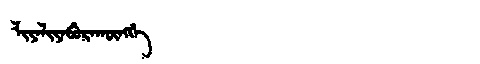
Manchu: ᠯᡳᠶᡝᠯᡳᠶᡝᠪᡠᡵᠠᡴᡡᠩᡤᡝ
Romanization: LIYELIYEBURAKŪNGGE